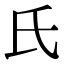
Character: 氏